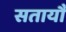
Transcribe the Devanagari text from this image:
सतायौ